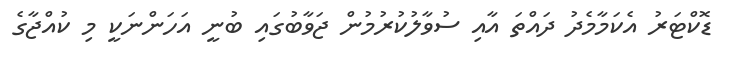
ޑޮކްޓަރު އެކަމާމެދު ދައްތަ އާއި ސުވާލުކުރުމުން ޖަވާބުގައި ބުނީ އަހަންނަކީ މި ކުއްޖާގެ